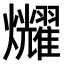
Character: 𤓛